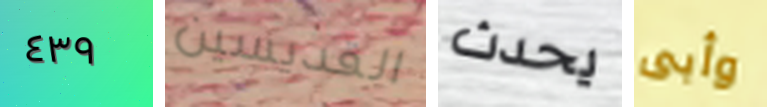
٤٣٩ القديسين يحدث وأبى